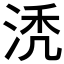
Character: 𰛯